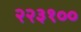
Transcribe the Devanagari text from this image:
२२३१००